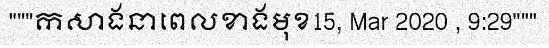
"""កសាងនាពេលខាងមុខ15, Mar 2020 , 9:29"""